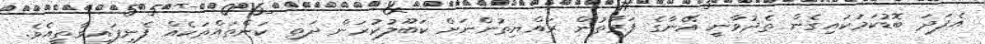
އެފަދަ ބޮޑުކަމަކައިގެން ތެދުވާނީ އޭނާގެ ފަރާތުން ރައްޔިތުންނަށް ކަބޫލުކުރަން ދަތި ކަންތައްތަކެއް ފެނިފައިވާތީއެވެ.